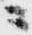
ニ